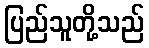
ပြည်သူတို့သည်